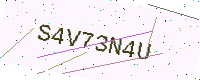
Text: S4V73N4U